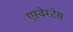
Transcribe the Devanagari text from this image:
एस्वेस्टेस